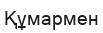
Құмармен